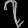
Digit: ၇